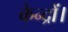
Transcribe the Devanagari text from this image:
केन्द्रों।